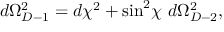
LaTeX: d \Omega _ { D - 1 } ^ { 2 } = d \chi ^ { 2 } + \sin ^ { 2 } \! \chi ~ d \Omega _ { D - 2 } ^ { 2 } ,